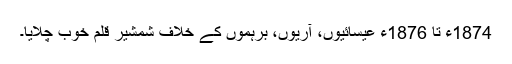
1874ء تا 1876ء عیسائیوں، آریوں، برہموں کے خلاف شمشیر قلم خوب چلایا۔